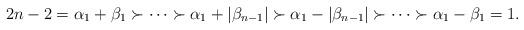
LaTeX: \begin{align*} 2n-2=\alpha_1+\beta_1\succ\cdots\succ\alpha_1+|\beta_{n-1}|\succ \alpha_1-|\beta_{n-1}|\succ\cdots\succ\alpha_1-\beta_1=1. \end{align*}